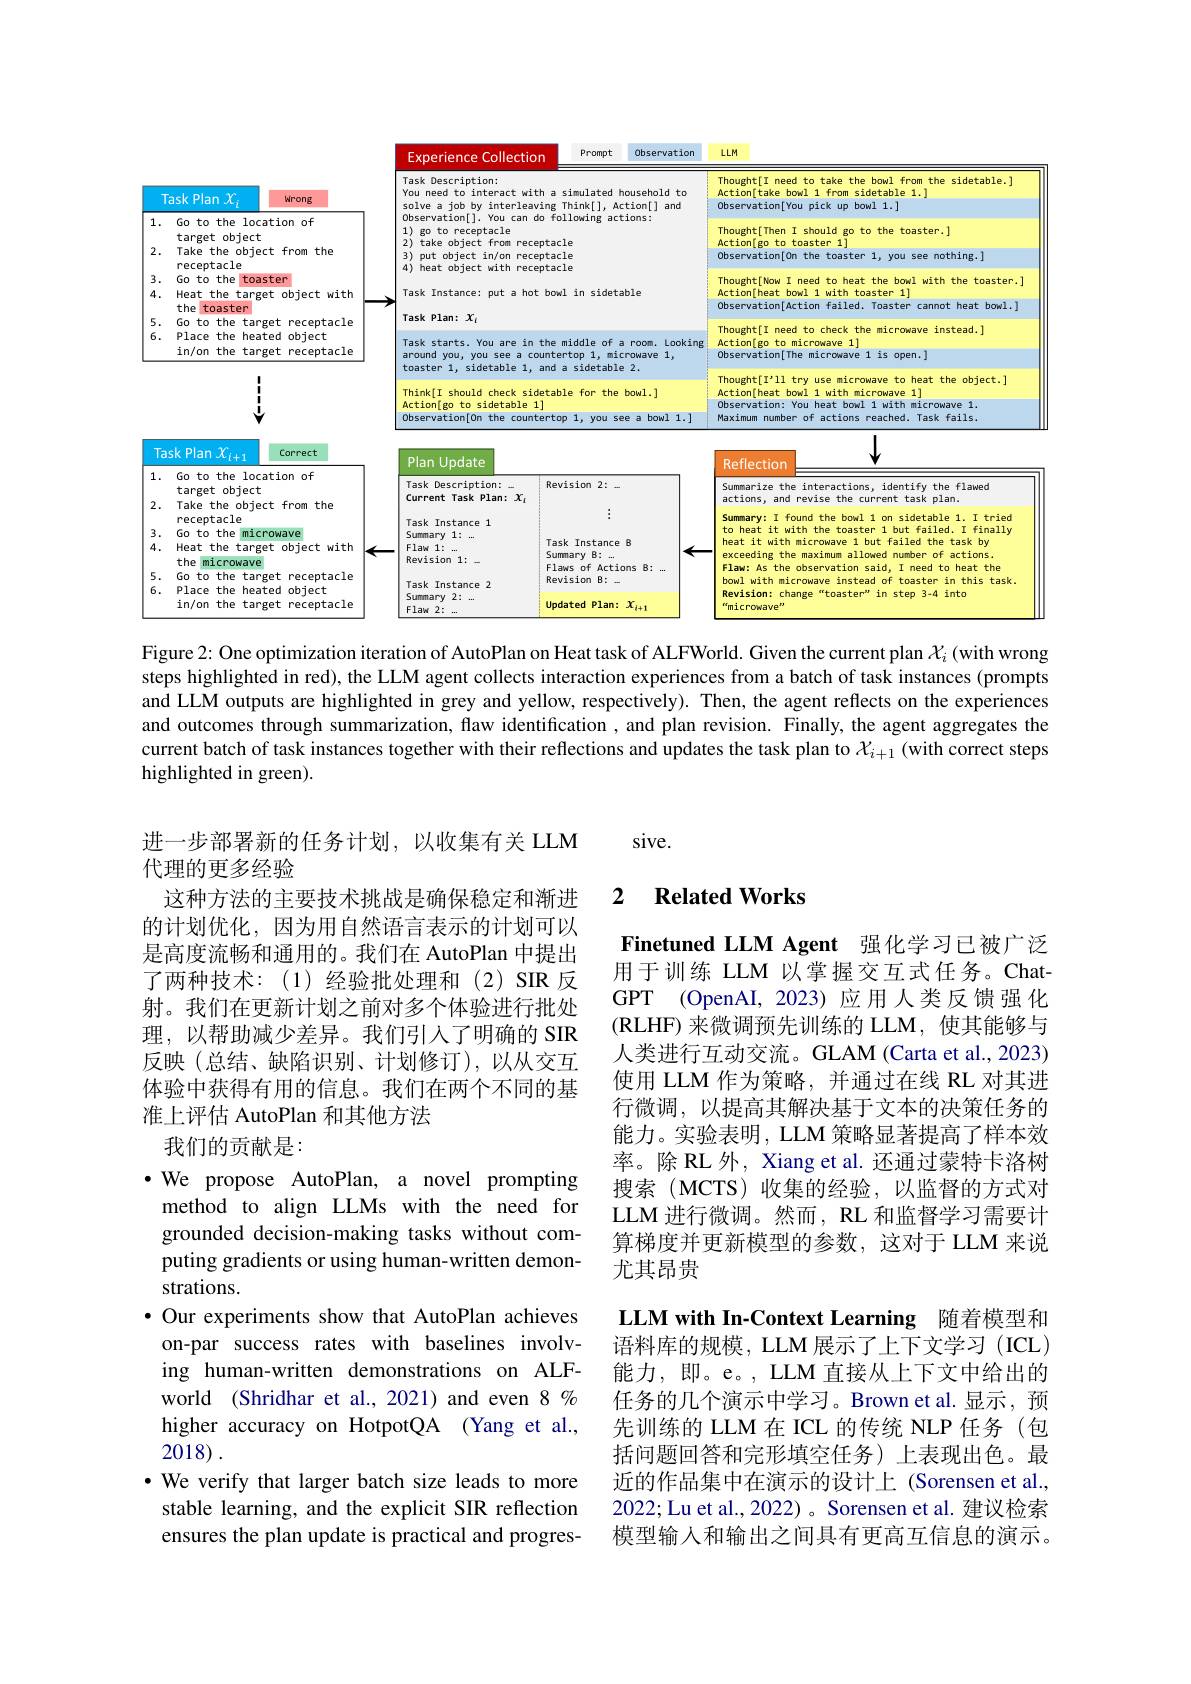
<FigureHere>

Figure 2: One optimization iteration of AutoPlan on Heat task of ALFWorld. Given the current plan $\mathcal{X}_i$ (with wrong steps highlighted in red), the LLM agent collects interaction experiences from a batch of task instances (prompts and LLM outputs are highlighted in grey and yellow, respectively). Then, the agent reflects on the experiences and outcomes through summarization, flaw identification, and plan revision. Finally, the agent aggregates the current batch of task instances together with their reflections and updates the task plan to $X_{i+1}$ (with correct steps highlighted in green).

sive.

### 2 $\textbf{Related Works}$

进一步部署新的任务计划，以收集有关 LLM
代理的更多经验
这种方法的主要技术挑战是确保稳定和渐进的计划优化，因为用自然语言表示的计划可以是高度流畅和通用的。我们在 AutoPlan 中提出了两种技术：(1)经验批处理和(2)SIR反射。我们在更新计划之前对多个体验进行批处理，以帮助减少差异。我们引人了明确的 SIR 反映(总结、缺陷识别、计划修订),以从交互体验中获得有用的信息。我们在两个不同的基准上评估 AutoPlan 和其他方法
我们的贡献是：

Finetuned LLM Agent 强化学习已被广泛用于训练 LLM 以掌握交互式任务。ChatGPT (OpenAI, 2023) 应用人类反馈强化(RLHF)来微调预先训练的 LLM,使其能够与人类进行互动交流。GLAM (Carta et al., 2023) 使用 LLM 作为策略，并通过在线 RL 对其进行微调，以提高其解决基于文本的决策任务的能力。实验表明，LLM 策略显著提高了样本效率。除RL 外，Xiang et al. 还通过蒙特卡洛树搜索(MCTS)收集的经验，以监督的方式对LLM 进行微调。然而，RL 和监督学习需要计算梯度并更新模型的参数，这对于 LLM 来说尤其昂贵

·We propose AutoPlan, a novel prompting
method to align LLMs with the need for grounded decision-making tasks without computing gradients or using human-written demonstrations.
$\bullet$ Our experiments show that AutoPlan achieves on-par success rates with baselines involving human-written demonstrations on ALFworld (Shridhar et al.,2021) and even $8\%$ higher accuracy on HotpotQA (Yang et al., 2018).
$\cdot$ We verify that larger batch size leads to more stable learning, and the explicit SIR reflection ensures the plan update is practical and progres-

LLM with In-Context Learning 随着模型和语料库的规模，LLM 展示了上下文学习 (ICL) 能力，即。e。, LLM 直接从上下文中给出的任务的几个演示中学习。Brown et al. 显示，预先训练的 LLM 在 ICL 的传统 NLP 任务 (包括问题回答和完形填空任务)上表现出色。最近的作品集中在演示的设计上 (Sorensen et al., 2022; Lu et al., 2022) 。Sorensen et al. 建议检索模型输入和输出之间具有更高互信息的演示。